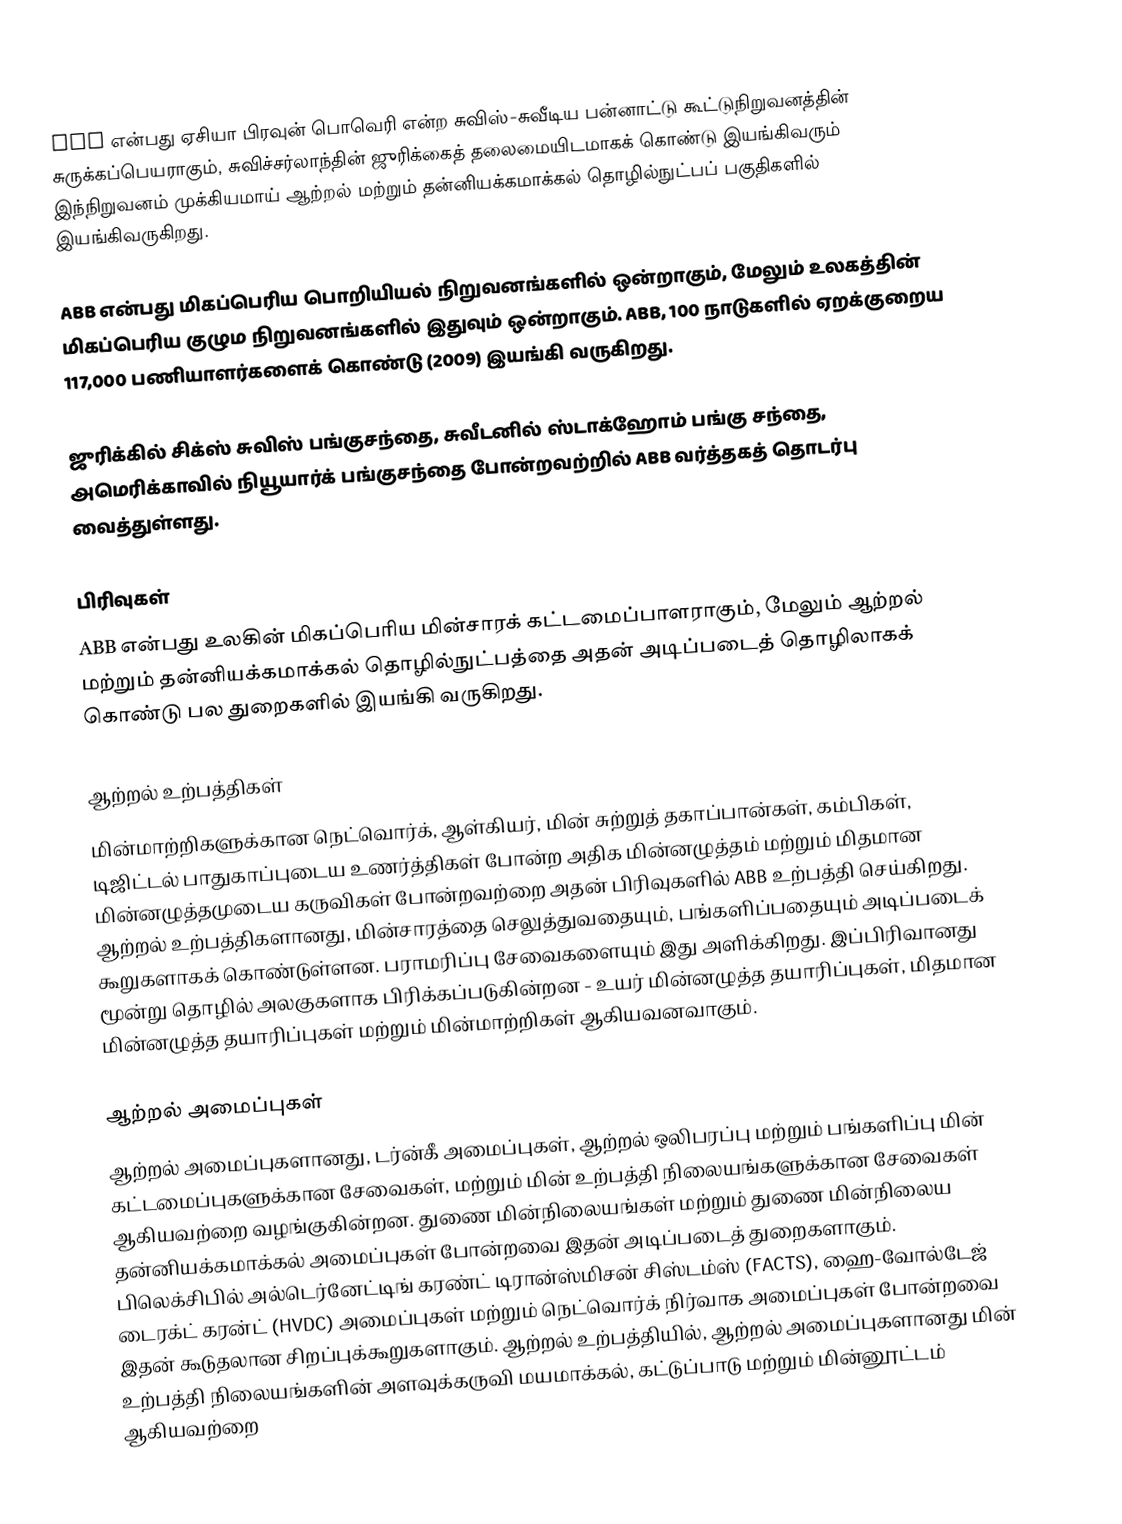
ABB  என்பது ஏசியா பிரவுன் பொவெரி  என்ற சுவிஸ்-சுவீடிய பன்னாட்டு கூட்டுநிறுவனத்தின் சுருக்கப்பெயராகும், சுவிச்சர்லாந்தின் ஜுரிக்கைத் தலைமையிடமாகக் கொண்டு இயங்கிவரும் இந்நிறுவனம் முக்கியமாய் ஆற்றல் மற்றும் தன்னியக்கமாக்கல் தொழில்நுட்பப் பகுதிகளில் இயங்கிவருகிறது.

ABB என்பது மிகப்பெரிய பொறியியல் நிறுவனங்களில் ஒன்றாகும், மேலும் உலகத்தின் மிகப்பெரிய குழும நிறுவனங்களில் இதுவும் ஒன்றாகும். ABB, 100 நாடுகளில் ஏறக்குறைய 117,000 பணியாளர்களைக் கொண்டு (2009) இயங்கி வருகிறது.

ஜுரிக்கில் சிக்ஸ் சுவிஸ் பங்குசந்தை, சுவீடனில் ஸ்டாக்ஹோம் பங்கு சந்தை, அமெரிக்காவில் நியூயார்க் பங்குசந்தை போன்றவற்றில் ABB வர்த்தகத் தொடர்பு வைத்துள்ளது.

பிரிவுகள்
ABB என்பது உலகின் மிகப்பெரிய மின்சாரக் கட்டமைப்பாளராகும், மேலும் ஆற்றல் மற்றும் தன்னியக்கமாக்கல் தொழில்நுட்பத்தை அதன் அடிப்படைத் தொழிலாகக் கொண்டு பல துறைகளில் இயங்கி வருகிறது.

ஆற்றல் உற்பத்திகள்
மின்மாற்றிகளுக்கான நெட்வொர்க், ஆள்கியர், மின் சுற்றுத் தகாப்பான்கள், கம்பிகள், டிஜிட்டல் பாதுகாப்புடைய உணர்த்திகள் போன்ற அதிக மின்னழுத்தம் மற்றும் மிதமான மின்னழுத்தமுடைய கருவிகள் போன்றவற்றை அதன் பிரிவுகளில் ABB உற்பத்தி செய்கிறது. ஆற்றல் உற்பத்திகளானது, மின்சாரத்தை செலுத்துவதையும், பங்களிப்பதையும் அடிப்படைக் கூறுகளாகக் கொண்டுள்ளன. பராமரிப்பு சேவைகளையும் இது அளிக்கிறது. இப்பிரிவானது மூன்று தொழில் அலகுகளாக பிரிக்கப்படுகின்றன - உயர் மின்னழுத்த தயாரிப்புகள், மிதமான மின்னழுத்த தயாரிப்புகள் மற்றும் மின்மாற்றிகள் ஆகியவனவாகும்.

ஆற்றல் அமைப்புகள்
ஆற்றல் அமைப்புகளானது, டர்ன்கீ அமைப்புகள், ஆற்றல் ஒலிபரப்பு மற்றும் பங்களிப்பு மின் கட்டமைப்புகளுக்கான சேவைகள், மற்றும் மின் உற்பத்தி நிலையங்களுக்கான சேவைகள் ஆகியவற்றை வழங்குகின்றன. துணை மின்நிலையங்கள் மற்றும் துணை மின்நிலைய தன்னியக்கமாக்கல் அமைப்புகள் போன்றவை இதன் அடிப்படைத் துறைகளாகும். பிலெக்சிபில் அல்டெர்னேட்டிங் கரண்ட் டிரான்ஸ்மிசன் சிஸ்டம்ஸ் (FACTS), ஹை-வோல்டேஜ் டைரக்ட் கரன்ட் (HVDC) அமைப்புகள் மற்றும் நெட்வொர்க் நிர்வாக அமைப்புகள் போன்றவை இதன் கூடுதலான சிறப்புக்கூறுகளாகும். ஆற்றல் உற்பத்தியில், ஆற்றல் அமைப்புகளானது மின் உற்பத்தி நிலையங்களின் அளவுக்கருவி மயமாக்கல், கட்டுப்பாடு மற்றும் மின்னூட்டம் ஆகியவற்றை